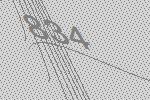
834